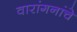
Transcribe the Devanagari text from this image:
वारांगनांचे